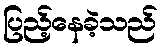
ပြည့်နေခဲ့သည်